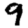
Digit: 9